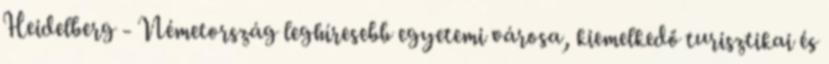
Heidelberg - Németország leghíresebb egyetemi városa, kiemelkedő turisztikai és